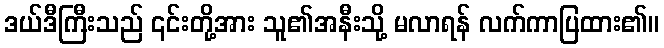
ဒယ်ဒီကြီးသည် ၎င်းတို့အား သူ၏အနီးသို့ မလာရန် လက်ကာပြထား၏။